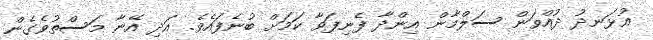
އުޅަނދު ދުއްވަން ސަލްމާން އިންދާ ފެނިފަވާ ކަމަށް ބުނެފައެވެ. އަދި އޭނާ މަސްތުވެގެން